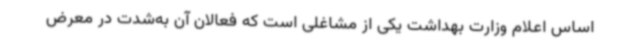
اساس اعلام وزارت بهداشت یکی از مشاغلی است که فعالان آن به‌شدت در معرض